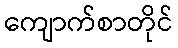
ကျောက်စာတိုင်